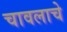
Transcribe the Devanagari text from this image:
चावलाचे